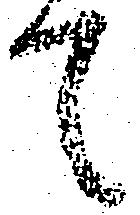
て